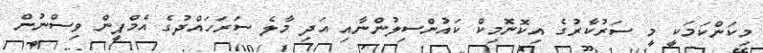
މިކަންކަމަކީ މީ ސަރުކާެރުގެ އިކޮނޮމިކް ކައުންސިލުންނާއި އަދި މާލެ ސަރަހައްދުގެ އެމްޕީން ވިސްނުން